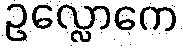
ဥလ္လောကေ